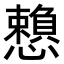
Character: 𢤿